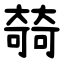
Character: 㚡